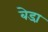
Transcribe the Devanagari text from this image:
बेडा़